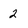
Character: 2